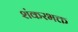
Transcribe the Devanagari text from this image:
शंकरभक्त